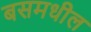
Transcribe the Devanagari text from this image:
बसमधील